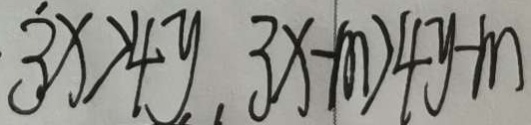
3 x > 4 y , 3 x - m > 4 y - m